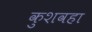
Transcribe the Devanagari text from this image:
कुशवहा